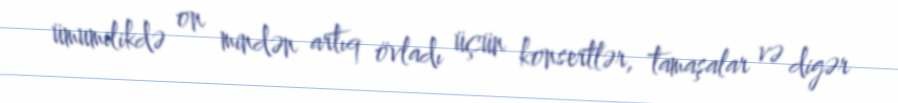
ümumilikdə on mindən artıq övladı üçün konsertlər, tamaşalar və digər